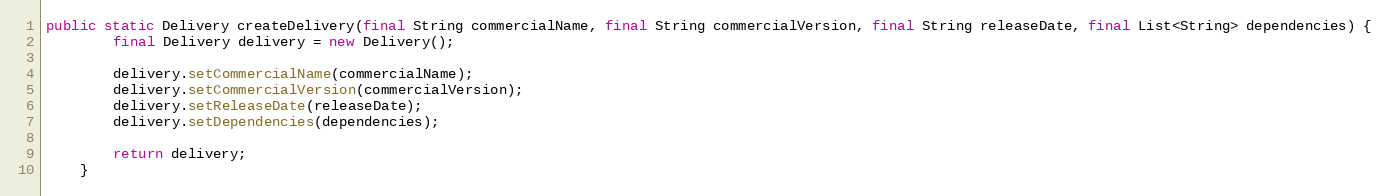
Language: Java
public static Delivery createDelivery(final String commercialName, final String commercialVersion, final String releaseDate, final List<String> dependencies) {
		final Delivery delivery = new Delivery();

		delivery.setCommercialName(commercialName);
		delivery.setCommercialVersion(commercialVersion);
		delivery.setReleaseDate(releaseDate);
		delivery.setDependencies(dependencies);

		return delivery;
	}